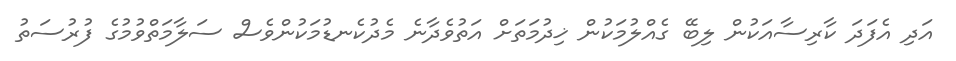
އަދި އެފަދަ ކާރިސާއަކުން ލިބޭ ގެއްލުމަކުން ޚިދުމަތަށް އަތުވެދާނެ މެދުކެނޑުމަކުންވެސް ސަލާމަތްވުމުގެ ފުރުސަތު